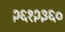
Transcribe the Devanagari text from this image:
२६१२३६०